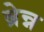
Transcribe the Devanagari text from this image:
ब्रेन्न